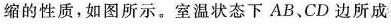
缩的性质，如图所示。室温状态下AB、CD边所成